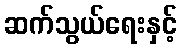
ဆက်သွယ်ရေးနှင့်